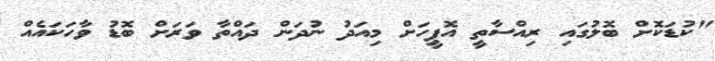
"ކުޑަކޮށް ބޮލުގައި ރިއްސާތީ އޮފީހަށް މިއަދު ނުދަން ދައްތާ ވަރަށް ބޮޑު ވާހަކައެއް